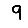
Digit: 9